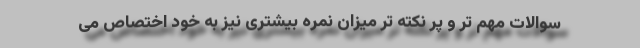
سوالات مهم تر و پر نکته تر میزان نمره بیشتری نیز به خود اختصاص می